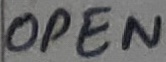
Text: OPEN